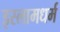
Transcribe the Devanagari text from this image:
इस्लामधर्म